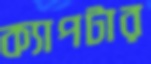
ক্যাপটার